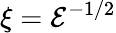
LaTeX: \xi=\mathcal{E}^{-1/2}